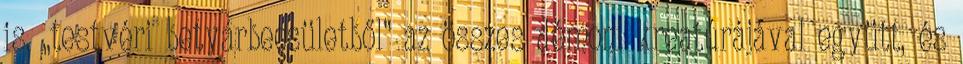
is, „testvéri betyárbecsü­letből” az összes démoni kreatúrájával együtt, és